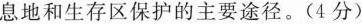
息地和生存区保护的主要途径。(4分)